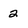
Character: 2